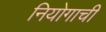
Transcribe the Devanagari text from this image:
नियोगाची